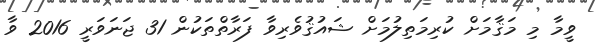
ވީމާ މި މަޤާމަށް ކުރިމަތިލުމަށް ޝައުޤުވެރިވާ ފަރާތްތަކުން 31 ޖަނަވަރީ 2016 ވާ